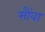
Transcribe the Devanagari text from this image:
सौंवा